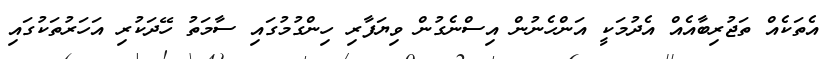
އެތަކެއް ތަޖުރިބާއެއް އެދުމަކީ އަންހެނުން އިސްނެގުން ވިޔަފާރި ހިންގުމުގައި ސާމަތު ހޭދަކުރި އަހަރުތަކުގައި